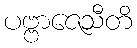
ပဗ္ဗာဇေသီတိ